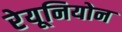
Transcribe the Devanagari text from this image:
रेयूनियोन